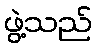
ဖွဲ့သည်